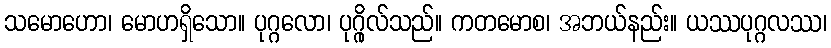
သမောဟော၊ မောဟရှိသော။ ပုဂ္ဂလော၊ ပုဂ္ဂိုလ်သည်။ ကတမောစ၊ အဘယ်နည်း။ ယဿပုဂ္ဂလဿ၊